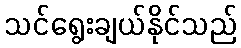
သင်ရွေးချယ်နိုင်သည်